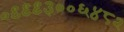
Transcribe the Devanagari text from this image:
०९९९३००६४८२